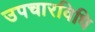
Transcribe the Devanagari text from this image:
उपचारविधि